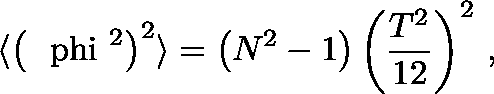
\langle \left( \mathrm { \boldmath ~ \ p h i ~ } ^ { 2 } \right) ^ { 2 } \rangle = \left( N ^ { 2 } - 1 \right) \left( \frac { T ^ { 2 } } { 1 2 } \right) ^ { 2 } \, ,